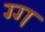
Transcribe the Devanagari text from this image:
ग्ग